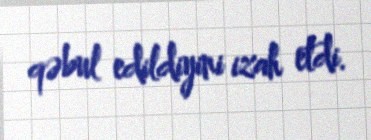
qəbul edildiyini izah etdi.